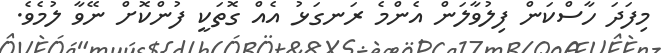
މިފަދަ ހާސްކަން ފިލުވާލަން އެންމެ ރަނގަޅު އެއް ގޮތަކީ ފުންކޮށް ނޭވާ ލުމެވެ.